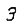
Digit: 3